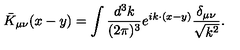
{ \bar { K } } _ { \mu \nu } ( x - y ) = \int \frac { d ^ { 3 } k } { ( 2 \pi ) ^ { 3 } } e ^ { i k \cdot ( x - y ) } \frac { \delta _ { \mu \nu } } { \sqrt { k ^ { 2 } } } .